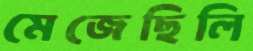
মেজেছিলি